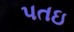
પતઇ